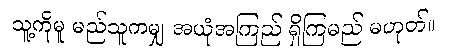
သူ့ကိုမူ မည်သူကမျှ အယုံအကြည် ရှိကြမည် မဟုတ်။